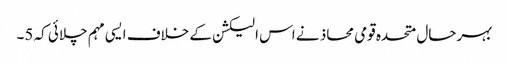
بہرحال متحدہ قومی محاذ نے اس الیکشن کے خلاف ایسی مہم چلائی کہ 5۔